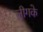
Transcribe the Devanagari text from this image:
लीगके